Madras plague regulations in force outside the Presidency town - Volume 2
Disease focus: Plague
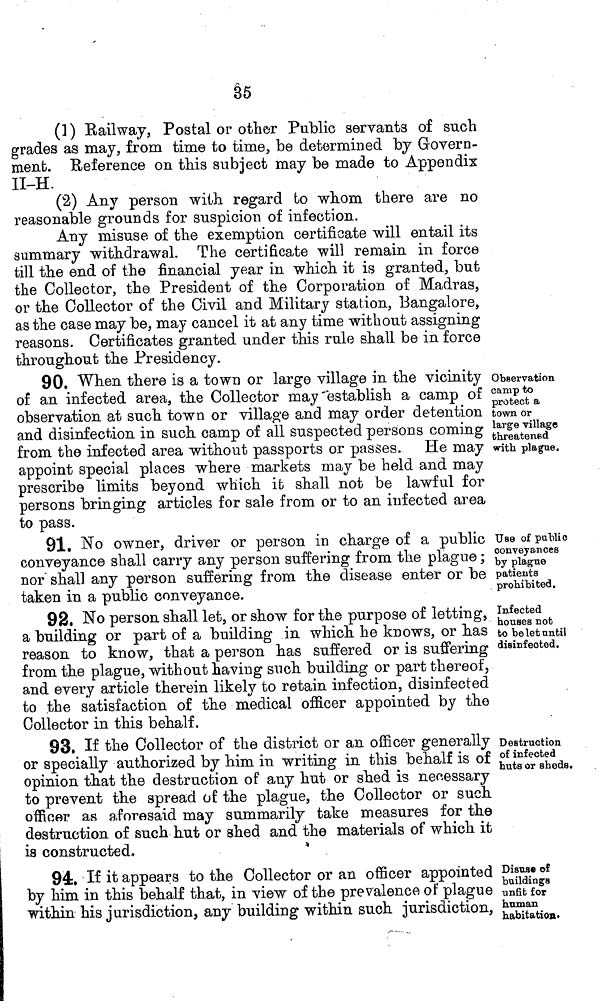
35
(] ) Railway, Postal or other Public servants of such
grades as may, from time to time, be determined by Govern-
ment. Reference on this subject may be made to Appendix
II-H.
(2) Any person with regard to whom there are no
reasonable grounds for suspicion of infection.
Any misuse of the exemption certificate will entail its
summary withdrawal. The certificate will remain in force
till the end of the financial year in which it is granted, but
the Collector, the President of the Corporation of Madras,
or the Collector of the Civil and Military station, Bangalore,
as the case may be, may cancel it at any time without assigning
reasons. Certificates granted under this rule shall be in force
throughout the Presidency.
Observation
camp to
protect a
town or
large village
threatened
with plague.
90. When there is a town or large village in the vicinity
of an infected area, the Collector may "establish a camp of
observation at such town or village and may order detention
and disinfection in such camp of all suspected persons coming
from the infected area without passports or passes. He may
appoint special places where markets may be held and may
prescribe limits beyond which it shall not be lawful for
persons bringing articles for sale from or to an infected area
to pass.
Use of public
conveyances
by plagne
patients
prohibited.
91. No owner, driver or person in charge of a public
conveyance shall carry any person suffering from the plague ;
nor shall any person suffering from the disease enter or be
taken in a public conveyance.
Infected
houses not
to be let until
disinfected.
9«. No person shall let, or show for the purpose of letting,
a building or part of a building in which he knows, or has
reason to know, that a person has suffered or is suffering
from the plague, without having such building or part thereof,
and every article therein likely to retain infection, disinfected
to the satisfaction of the medical officer appointed by the
Collector in this behalf.
Destruction
of infected
huts or sheds.
93. If the Collector of the district or an officer generally
or specially authorized by him in writing in this behalf is of
opinion that the destruction of any hut or shed is necessary
to prevent the spread of the plague, the Collector or such
officer as aforesaid may summarily take measures for the
destruction of such hut or shed and the materials of which it
is constructed.
*
Disuse of
buildings
unfit for
human
habitation.
94. If it appears to the Collector or an officer appointed
by him in this behalf that, in view of the prevalence of plague
within his jurisdiction, any building within such jurisdiction,